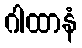
ဂါထာနံ